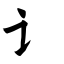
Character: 讠